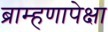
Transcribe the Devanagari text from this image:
ब्राम्हणापेक्षा